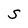
Character: S